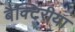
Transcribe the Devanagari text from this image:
बैक्टिरीया